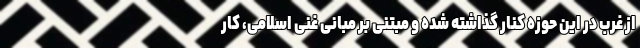
از غرب در این حوزه کنار گذاشته شده و مبتنی بر مبانی غنی اسلامی، کار